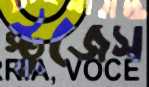
স্টুজেস